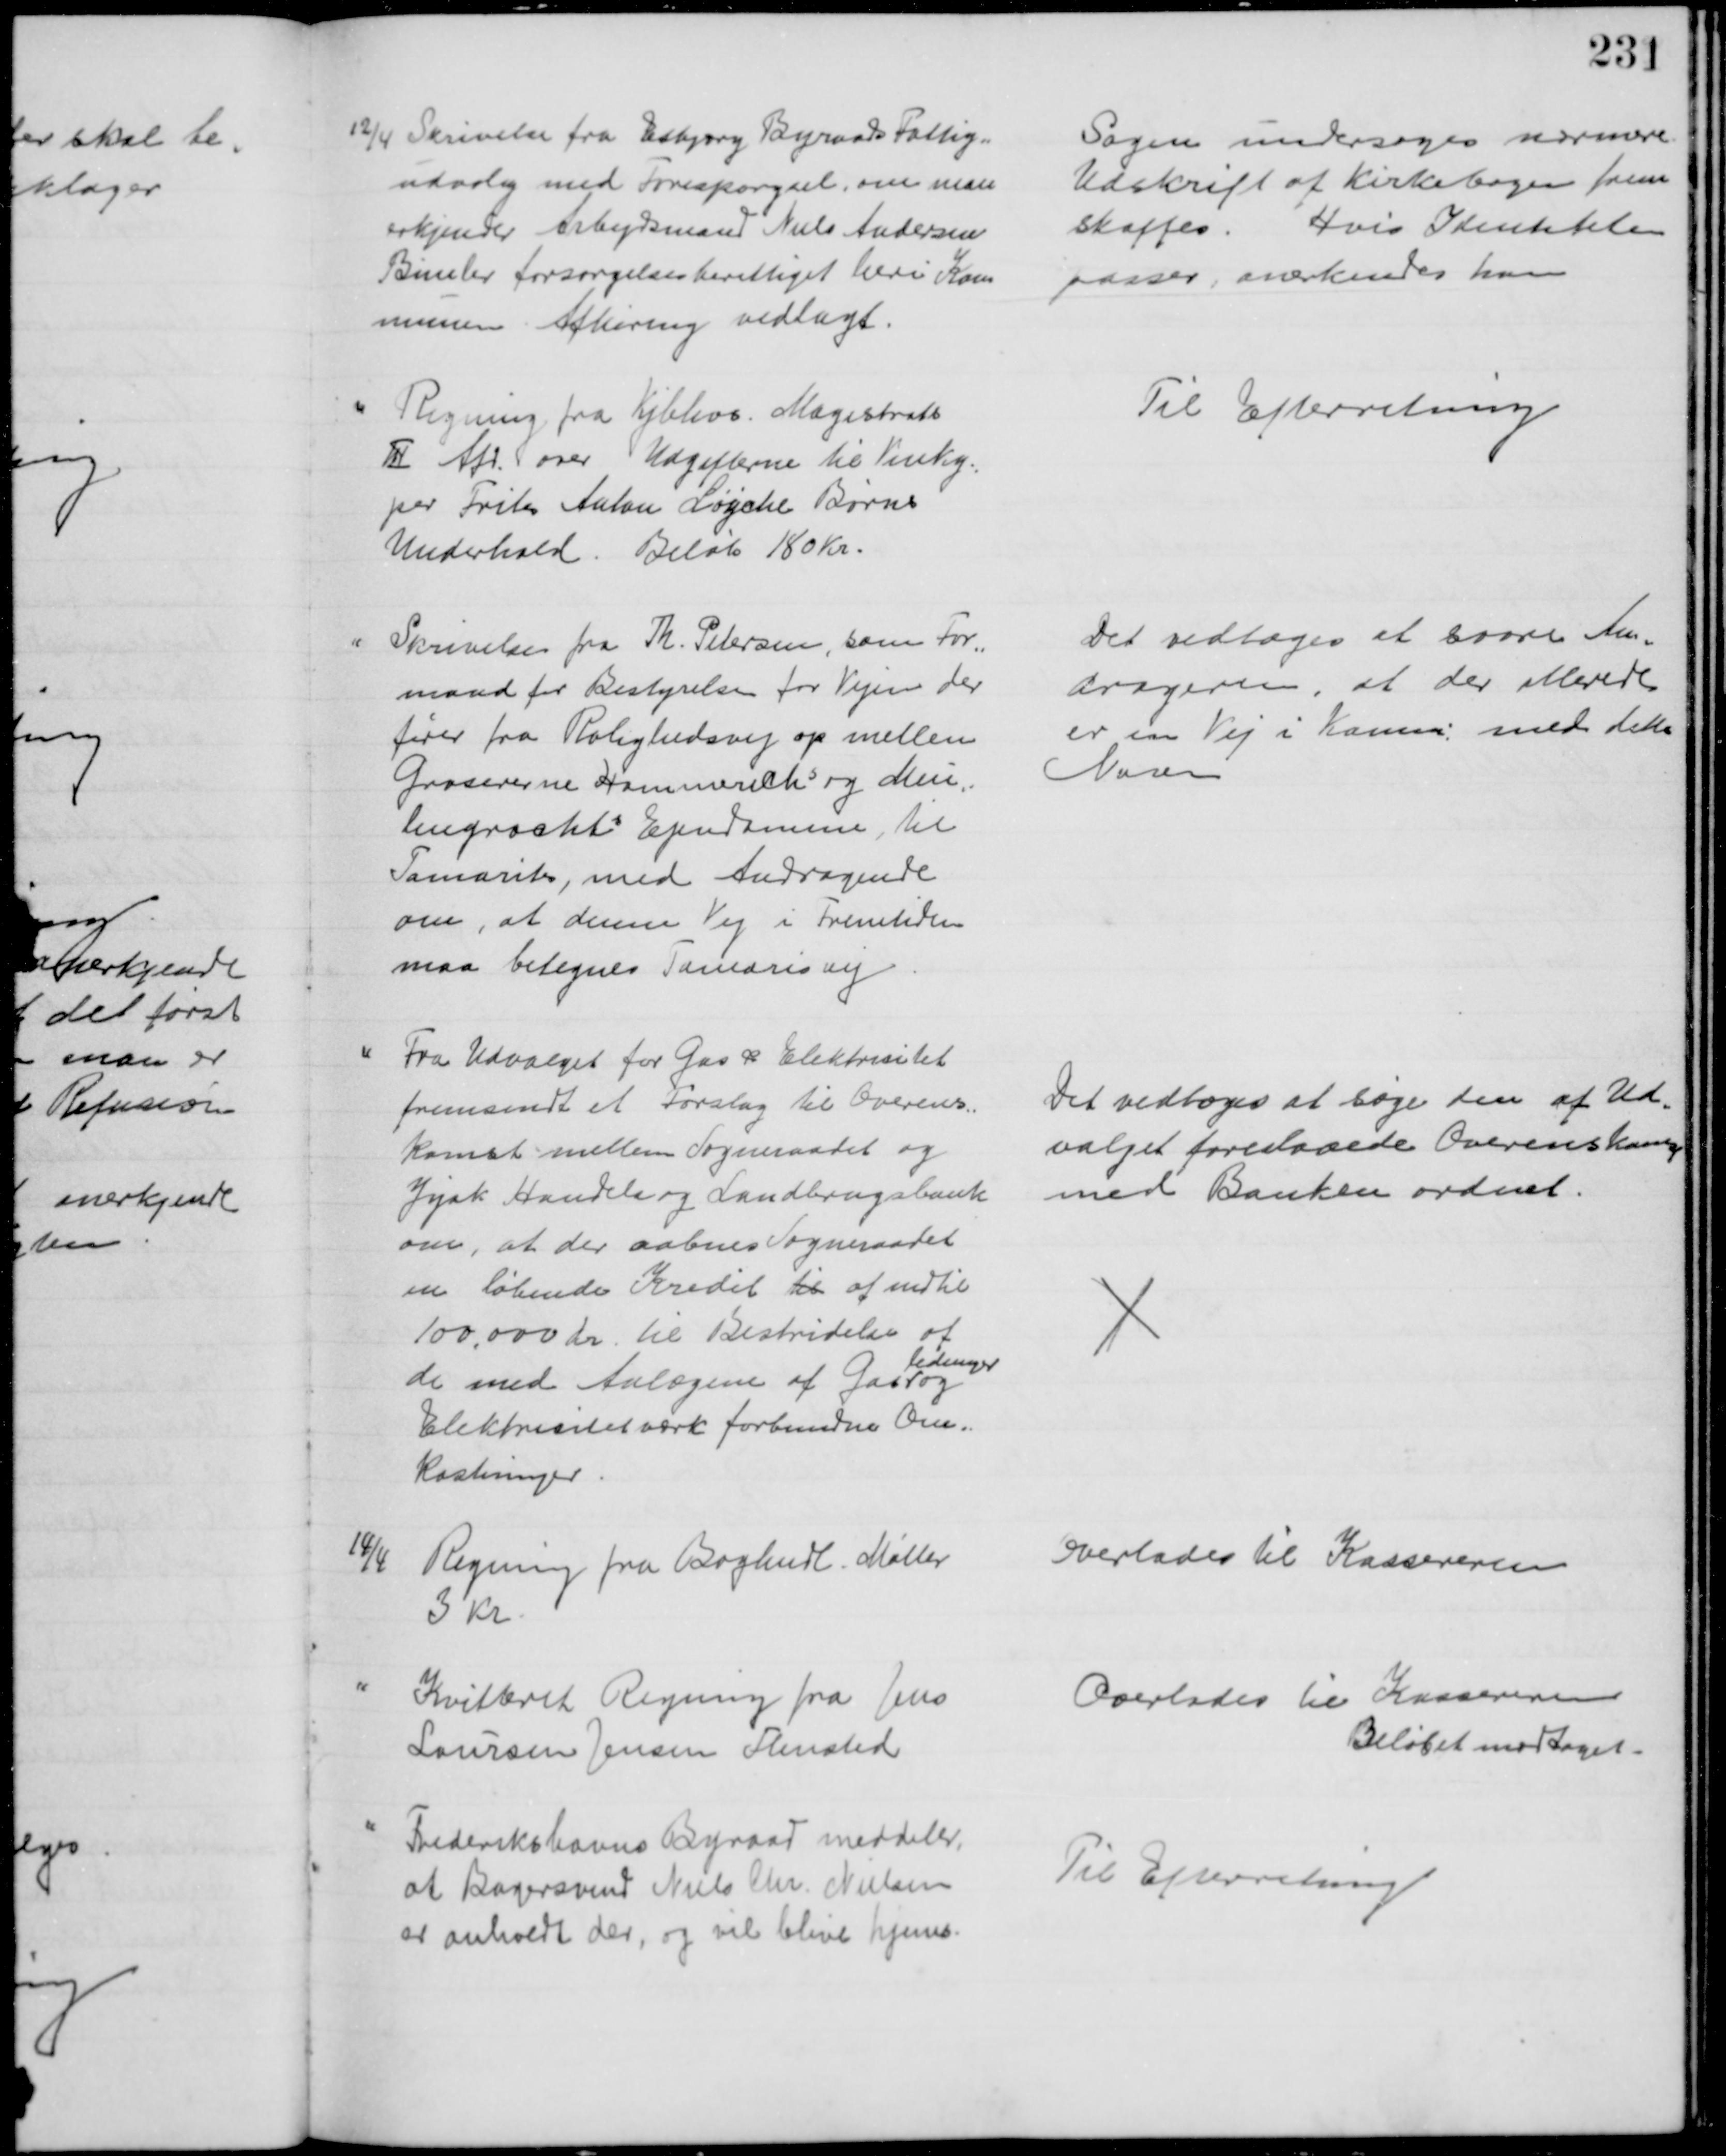
Transskription:
12/4 Skrivelse fra Esbjerg Byraads Fattig=
udvalg med Forespørgsel, om man 
erkjender Arbejdsmand Niels Andersen
Bimler forsørgelsesberettiget heri Kom
munen Afhøring vedlagt.
Sagen undersøges nærmere
Udskrift af Kirkebogen frem
skaffes. Hvis Identiteten
passer, anerkendes han
Regning fra Kjbhvn. Magistrats
III Afd. over Udgifterne til Vinky=
per Fritz Anton Løyche Børns
Underhold. Beløb 180 Kr.
Til Efterretning
Skrivelse fra Th. Petersen, som For=
mand for Bestyrelsen for Vejen der 
fører fra Rolighedsvej op mellem
Grosererne Hammerichs og Meu-
lengrachts Ejendomme til
Tamarits, med Andragende
om, at denne Vej i Fremtiden
maa betegnes Tamarisvej
Det vedtoges at svare An-
dragerne, at der allerede
er en Vej i Komm. med dette 
Navn
Fra Udvalget for Gas & Elektrisitet
fremsendt et Forslag til Overens:
komst mellem Sogneraadet og 
Jysk Handels og Landbrugsbank
om, at der aabnes Sogneraadet
en løbende Kredit til af indtil
100.000 Kr. til Bestridelse af 
de med Anlægene af Gas
ledninger
og
Elektrisitetværk forbundne Om-
kostninger
Det vedtoges at søge den af Ud-
valget foreslaaede Overenskomst
med Banken ordnet.
14/4
Regning fra Boghdl. Møller
3 Kr
Overlodes til Kassereren
Kvitteret Regning fra Jens
Laursen Jensen Flensted
Overlodes til Kassereren
Beløbet modtaget.
Frederikshavns Byraad meddeler,
at Bagersvend Niels Chr. Nielsen
er anholdt der, og vil blive hjems.
Til Efterretning